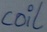
Text: coil